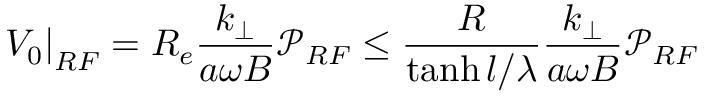
\left. V _ { 0 } \right| _ { R F } = R _ { e } \frac { k _ { \perp } } { a \omega B } \mathcal { P } _ { R F } \leq \frac { R } { \operatorname { t a n h } l / \lambda } \frac { k _ { \perp } } { a \omega B } \mathcal { P } _ { R F }